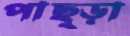
পাছ্‌ড়া